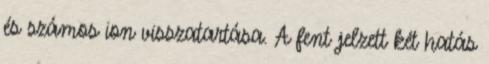
és számos ion visszatartása. A fent jelzett két hatás